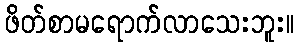
ဖိတ်စာမရောက်လာသေးဘူး။